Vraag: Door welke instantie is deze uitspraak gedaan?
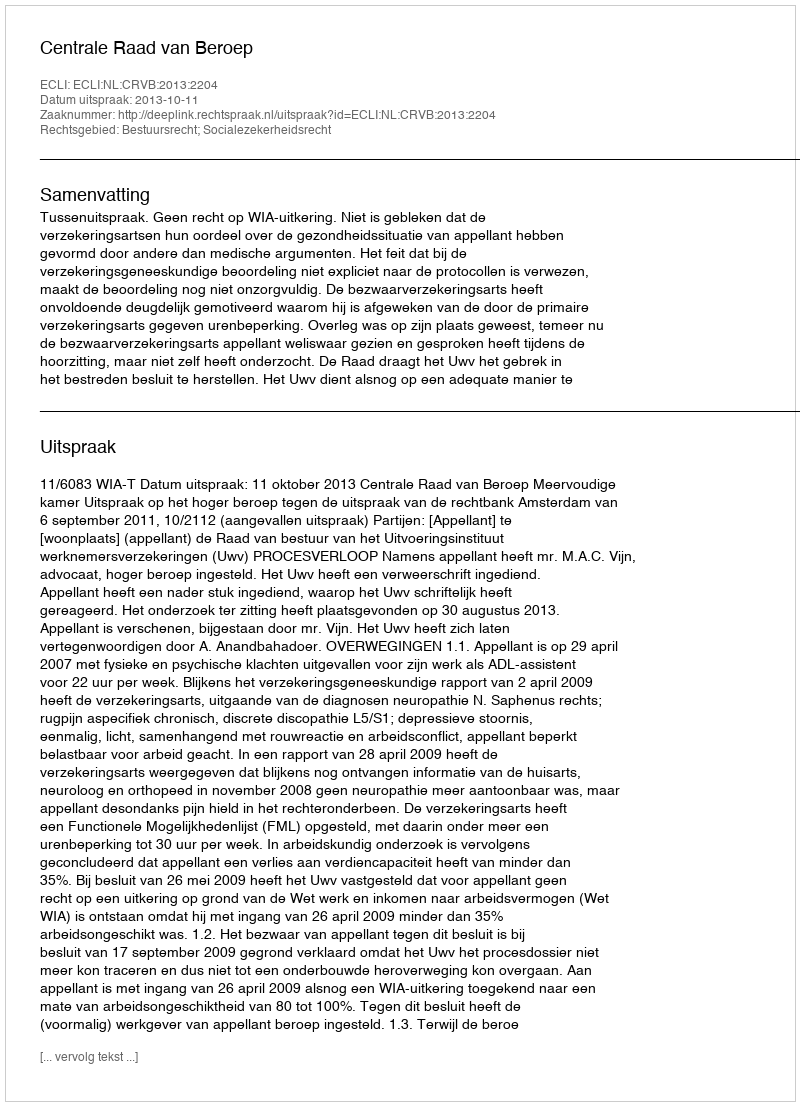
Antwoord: Centrale Raad van Beroep